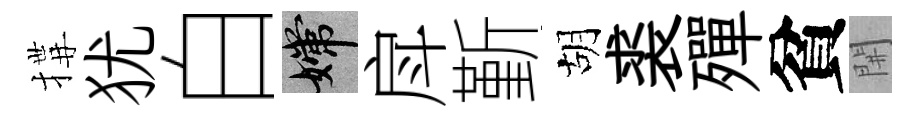
搆犹白嫦戽斳胡裘殫貧𨳩